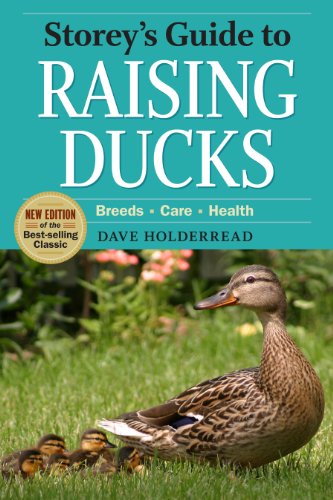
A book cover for Storey's Guide to Raising Ducks, 2nd Edition; Dave Holderread; Medical Books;